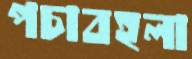
পচাবহলা